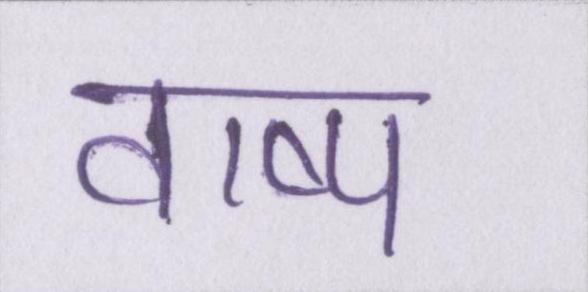
वाष्प